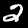
Label: 2